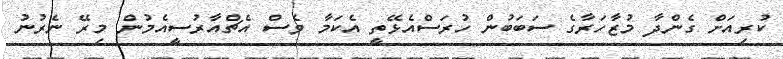
ކުރިއަށް ގެންދާ މުޒާހަރާގެ ސަބަބުން ހުރަސްއެޅޭތީ އެކަމާ ވެސް އެޗްއާރުސީއެމުން މިރޭ ނެރުނު